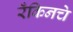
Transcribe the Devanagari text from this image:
रँकिनचे